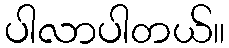
ပါလာပါတယ်။